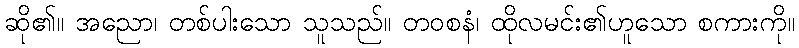
ဆို၏။ အညော၊ တစ်ပါးသော သူသည်။ တဝစနံ၊ ထိုလမင်း၏ဟူသော စကားကို။